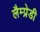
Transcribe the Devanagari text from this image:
लैम्प्रेडी